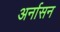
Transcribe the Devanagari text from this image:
अर्नासन